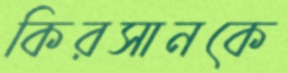
কিরসানকে